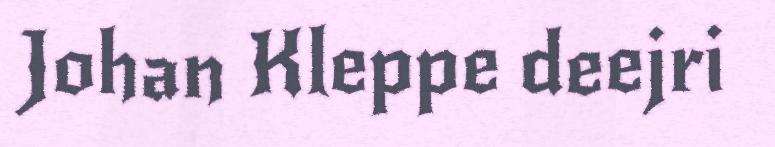
Johan Kleppe deejri